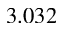
3 . 0 3 2